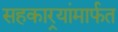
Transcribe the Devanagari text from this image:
सहकार्‍यांमार्फत